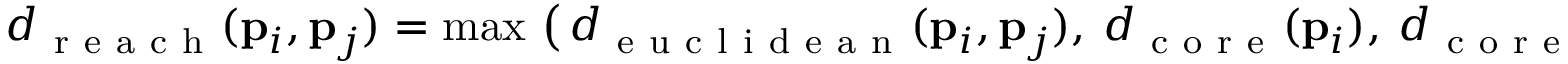
d _ { \mathrm { ~ r ~ e ~ a ~ c ~ h ~ } } ( \mathbf { p } _ { i } , \mathbf { p } _ { j } ) = \operatorname* { m a x } \, \big ( \, d _ { \mathrm { ~ e ~ u ~ c ~ l ~ i ~ d ~ e ~ a ~ n ~ } } ( \mathbf { p } _ { i } , \mathbf { p } _ { j } ) , \ d _ { \mathrm { ~ c ~ o ~ r ~ e ~ } } ( \mathbf { p } _ { i } ) , \ d _ { \mathrm { ~ c ~ o ~ r ~ e ~ } } ( \mathbf { p } _ { j } ) \, \big ) ,